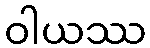
ဝါယဿ